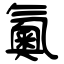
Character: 鿫